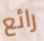
رائع